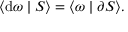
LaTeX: \langle \mathrm { d } \omega \mid S \rangle = \langle \omega \mid \partial S \rangle .